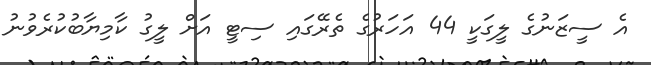
އެ ސީޒަނުގެ ލީގަކީ 44 އަހަރުގެ ތެރޭގައި ސިޓީ އަށް ލީގު ކާމިޔާބުކުރެވުނު